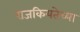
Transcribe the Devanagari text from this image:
राजकियतेच्या